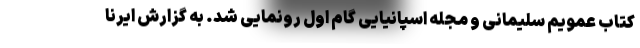
کتاب عمویم سلیمانی و مجله اسپانیایی گام اول رونمایی شد. به گزارش ایرنا